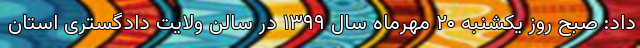
داد: صبح روز یکشنبه ۲۰ مهرماه سال ۱۳۹۹ در سالن ولایت دادگستری استان